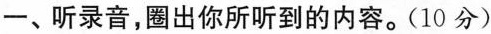
一、听录音，圈出你所听到的内容。(10分)